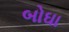
બોઘા